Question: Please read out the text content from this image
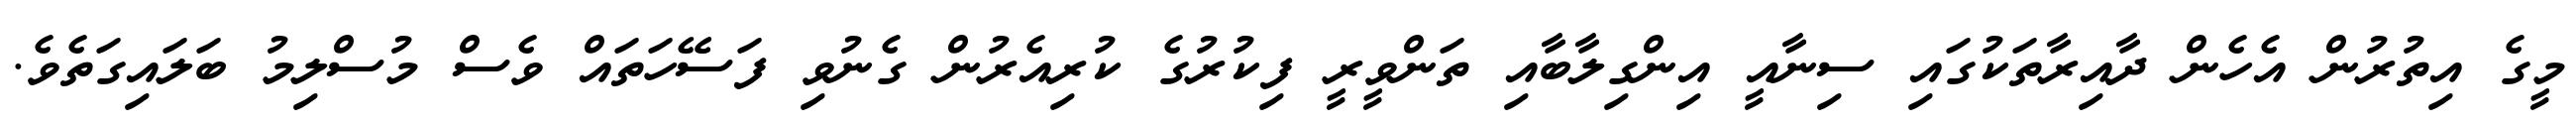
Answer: މީގެ އިތުރުން އެހެން ދާއިރާތަކުގައި ސިނާއީ އިންގިލާބާއި ތަންވީރީ ފިކުރުގެ ކުރިއެރުން ގެނުވި ފަސޭހަތައް ވެސް މުސްލިމު ބަލައިގަތެވެ.